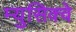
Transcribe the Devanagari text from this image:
म्युसिक्वे